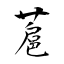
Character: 蔰